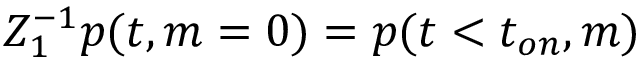
Z _ { 1 } ^ { - 1 } p ( t , m = 0 ) = p ( t < t _ { o n } , m )